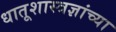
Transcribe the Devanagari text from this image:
धातूशास्त्रज्ञांच्या